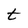
Character: t